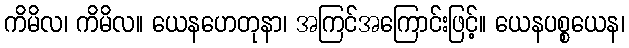
ကိမိလ၊ ကိမိလ။ ယေနဟေတုနာ၊ အကြင်အကြောင်းဖြင့်။ ယေနပစ္စယေန၊